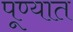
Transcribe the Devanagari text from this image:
पूण्यात